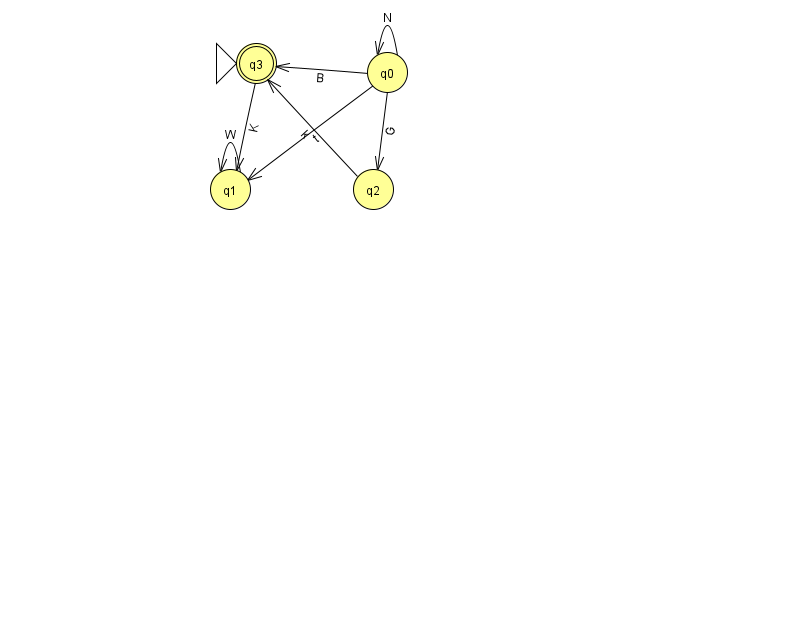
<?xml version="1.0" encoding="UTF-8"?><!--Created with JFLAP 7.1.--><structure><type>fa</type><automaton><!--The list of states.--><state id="0" name="q0"><x>387.0</x><y>59.0</y></state><state id="1" name="q1"><x>230.0</x><y>176.0</y></state><state id="2" name="q2"><x>373.0</x><y>176.0</y></state><state id="3" name="q3"><x>256.0</x><y>50.0</y><initial/><final/></state><!--The list of transitions.--><transition><from>0</from><to>1</to><read>t</read></transition><transition><from>3</from><to>1</to><read>K</read></transition><transition><from>1</from><to>1</to><read>W</read></transition><transition><from>0</from><to>2</to><read>G</read></transition><transition><from>0</from><to>3</to><read>B</read></transition><transition><from>0</from><to>0</to><read>N</read></transition><transition><from>2</from><to>3</to><read>k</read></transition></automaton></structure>